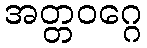
အတ္တဝဂ္ဂေ